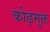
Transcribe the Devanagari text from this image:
कोढ़मुक्त